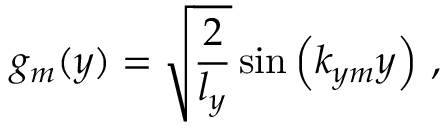
g _ { m } ( y ) = \sqrt { \frac { 2 } { l _ { y } } } \sin \left( k _ { y m } y \right) \, ,